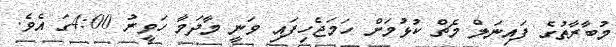
މުބާރާތުގެ ފައިނަލް މެޗް ކުޅުމަށް ހަމަޖެހިފައި ވަނީ މާދަމާ ހަވީރު 4:00ގަ އެވެ.